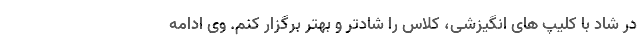
در شاد با کلیپ های انگیزشی، کلاس را شادتر و بهتر برگزار کنم. وی ادامه